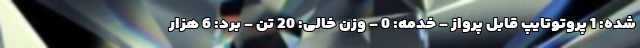
شده: 1 پروتوتایپ قابل پرواز - خدمه: 0 - وزن خالی: 20 تن - برد: 6 هزار